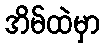
အိမ်ထဲမှာ